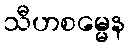
သီဟစမ္မေန